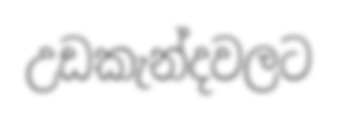
උඩකැන්දවලට